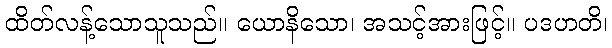
ထိတ်လန့်သောသူသည်။ ယောနိသော၊ အသင့်အားဖြင့်။ ပဒဟတိ၊